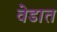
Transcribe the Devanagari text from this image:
वेडात